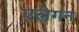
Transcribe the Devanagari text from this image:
एलेगन